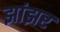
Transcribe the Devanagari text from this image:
झांझर